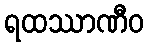
ရထဿာဏီဝ